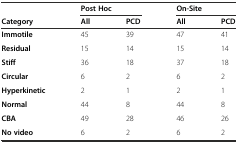
<table><thead><tr><td></td><td colspan="2"><b>Post Hoc</b></td><td colspan="2"><b>On-Site</b></td></tr><tr><td><b>Category</b></td><td><b>All</b></td><td><b>PCD</b></td><td><b>All</b></td><td><b>PCD</b></td></tr></thead><tbody><tr><td><b>Immotile</b></td><td>45</td><td>39</td><td>47</td><td>41</td></tr><tr><td><b>Residual</b></td><td>15</td><td>14</td><td>15</td><td>14</td></tr><tr><td><b>Stiff</b></td><td>36</td><td>18</td><td>37</td><td>18</td></tr><tr><td><b>Circular</b></td><td>6</td><td>2</td><td>6</td><td>2</td></tr><tr><td><b>Hyperkinetic</b></td><td>2</td><td>1</td><td>2</td><td>1</td></tr><tr><td><b>Normal</b></td><td>44</td><td>8</td><td>44</td><td>8</td></tr><tr><td><b>CBA</b></td><td>49</td><td>28</td><td>46</td><td>26</td></tr><tr><td><b>No video</b></td><td>6</td><td>2</td><td>6</td><td>2</td></tr></tbody></table>